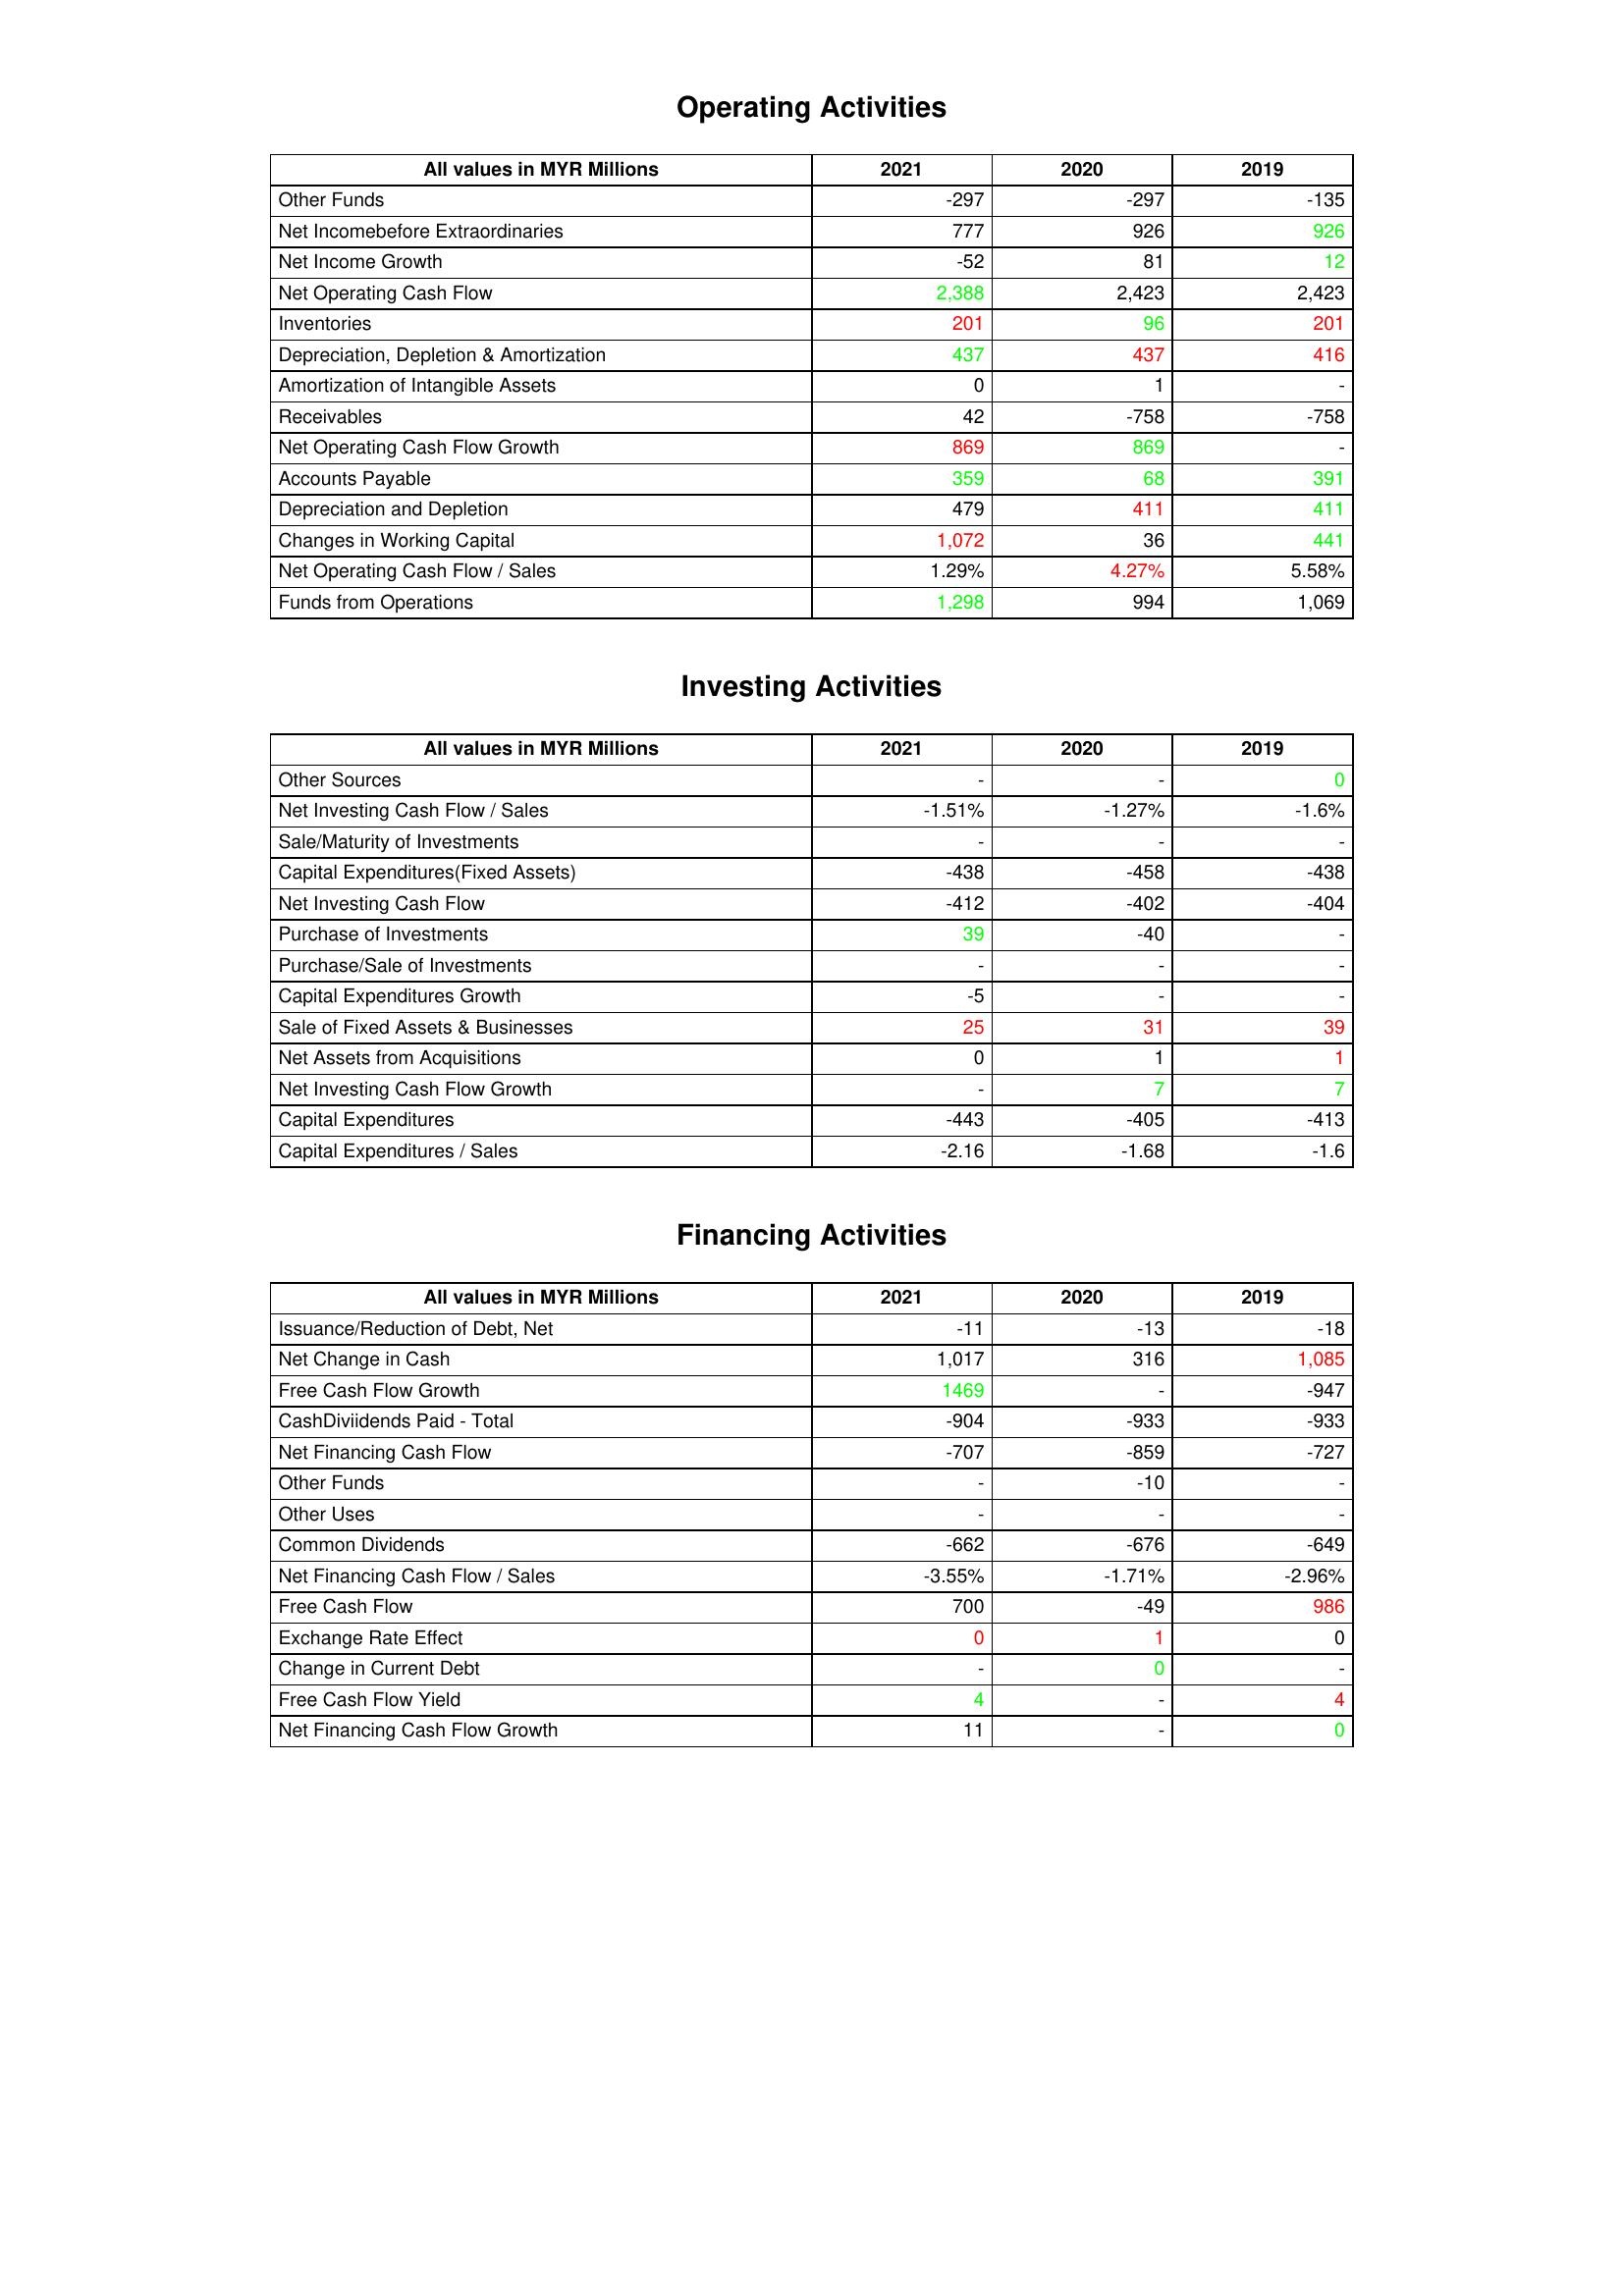
gt_parse: 2021: Operating Activities: Other Funds: -297
Net Incomebefore Extraordinaries: 777
Net Income Growth: -52
Net Operating Cash Flow: 2,388
Inventories: 201
Depreciation, Depletion & Amortization: 437
Amortization of Intangible Assets: 0
Receivables: 42
Net Operating Cash Flow Growth: 869
Accounts Payable: 359
Depreciation and Depletion: 479
Changes in Working Capital: 1,072
Net Operating Cash Flow / Sales: 1.29%
Funds from Operations: 1,298
Investing Activities: Other Sources: -
Net Investing Cash Flow / Sales: -1.51%
Sale/Maturity of Investments: -
Capital Expenditures(Fixed Assets): -438
Net Investing Cash Flow: -412
Purchase of Investments: 39
Purchase/Sale of Investments: -
Capital Expenditures Growth: -5
Sale of Fixed Assets & Businesses: 25
Net Assets from Acquisitions: 0
Net Investing Cash Flow Growth: -
Capital Expenditures: -443
Capital Expenditures / Sales: -2.16
Financing Activities: Issuance/Reduction of Debt, Net: -11
Net Change in Cash: 1,017
Free Cash Flow Growth: 1469
CashDiviidends Paid - Total: -904
Net Financing Cash Flow: -707
Other Funds: -
Other Uses: -
Common Dividends: -662
Net Financing Cash Flow / Sales: -3.55%
Free Cash Flow: 700
Exchange Rate Effect: 0
Change in Current Debt: -
Free Cash Flow Yield: 4
Net Financing Cash Flow Growth: 11
2020: Operating Activities: Other Funds: -297
Net Incomebefore Extraordinaries: 926
Net Income Growth: 81
Net Operating Cash Flow: 2,423
Inventories: 96
Depreciation, Depletion & Amortization: 437
Amortization of Intangible Assets: 1
Receivables: -758
Net Operating Cash Flow Growth: 869
Accounts Payable: 68
Depreciation and Depletion: 411
Changes in Working Capital: 36
Net Operating Cash Flow / Sales: 4.27%
Funds from Operations: 994
Investing Activities: Other Sources: -
Net Investing Cash Flow / Sales: -1.27%
Sale/Maturity of Investments: -
Capital Expenditures(Fixed Assets): -458
Net Investing Cash Flow: -402
Purchase of Investments: -40
Purchase/Sale of Investments: -
Capital Expenditures Growth: -
Sale of Fixed Assets & Businesses: 31
Net Assets from Acquisitions: 1
Net Investing Cash Flow Growth: 7
Capital Expenditures: -405
Capital Expenditures / Sales: -1.68
Financing Activities: Issuance/Reduction of Debt, Net: -13
Net Change in Cash: 316
Free Cash Flow Growth: -
CashDiviidends Paid - Total: -933
Net Financing Cash Flow: -859
Other Funds: -10
Other Uses: -
Common Dividends: -676
Net Financing Cash Flow / Sales: -1.71%
Free Cash Flow: -49
Exchange Rate Effect: 1
Change in Current Debt: 0
Free Cash Flow Yield: -
Net Financing Cash Flow Growth: -
2019: Operating Activities: Other Funds: -135
Net Incomebefore Extraordinaries: 926
Net Income Growth: 12
Net Operating Cash Flow: 2,423
Inventories: 201
Depreciation, Depletion & Amortization: 416
Amortization of Intangible Assets: -
Receivables: -758
Net Operating Cash Flow Growth: -
Accounts Payable: 391
Depreciation and Depletion: 411
Changes in Working Capital: 441
Net Operating Cash Flow / Sales: 5.58%
Funds from Operations: 1,069
Investing Activities: Other Sources: 0
Net Investing Cash Flow / Sales: -1.6%
Sale/Maturity of Investments: -
Capital Expenditures(Fixed Assets): -438
Net Investing Cash Flow: -404
Purchase of Investments: -
Purchase/Sale of Investments: -
Capital Expenditures Growth: -
Sale of Fixed Assets & Businesses: 39
Net Assets from Acquisitions: 1
Net Investing Cash Flow Growth: 7
Capital Expenditures: -413
Capital Expenditures / Sales: -1.6
Financing Activities: Issuance/Reduction of Debt, Net: -18
Net Change in Cash: 1,085
Free Cash Flow Growth: -947
CashDiviidends Paid - Total: -933
Net Financing Cash Flow: -727
Other Funds: -
Other Uses: -
Common Dividends: -649
Net Financing Cash Flow / Sales: -2.96%
Free Cash Flow: 986
Exchange Rate Effect: 0
Change in Current Debt: -
Free Cash Flow Yield: 4
Net Financing Cash Flow Growth: 0